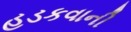
હડકવાની